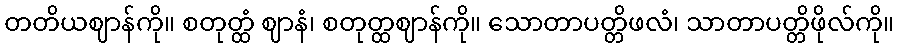
တတိယဈာန်ကို။ စတုတ္ထံ ဈာနံ၊ စတုတ္ထဈာန်ကို။ သောတာပတ္တိဖလံ၊ သာတာပတ္တိဖိုလ်ကို။